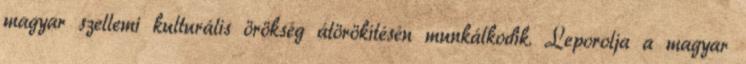
magyar szellemi kulturális örökség átörökítésén munkálkodik. Leporolja a magyar